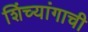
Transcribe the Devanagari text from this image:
शिंच्यांगाची